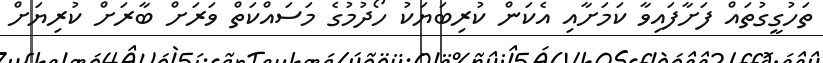
ތަހުގީގުތައް ފަށާފައިވާ ކަމަށާއި އެކަން ކުރިބަޔަކު ހޯދުމުގެ މަސައްކަތް ވަރަށް ބާރަށް ކުރިޔަށް